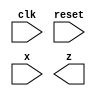
// Given the state-assigned table shown below, implement the finite-state machine. Reset should reset the FSM to state 000.

//Present state 		Next state Y[2:0]
//		y[2:0]								Output z
//							x=0	x=1
						
//		000					000	001				0
//		001					001	100				0
//		010					010	001				0
//		011					001	010				1
//		100					011	100				1


module top_module (
    input clk,
    input reset,   // Synchronous reset
    input x,
    output z
);

	// Insert your code here

endmodule